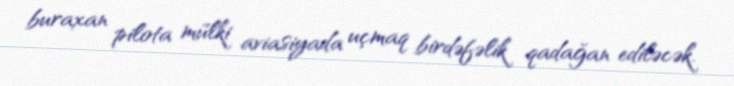
buraxan pilota mülki aviasiyada uçmaq birdəfəlik qadağan ediləcək.